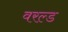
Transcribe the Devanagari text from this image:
वरल्ड